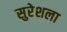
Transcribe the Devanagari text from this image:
सुरेशला